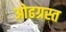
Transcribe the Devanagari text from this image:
ओढग्रस्त